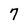
Character: 7